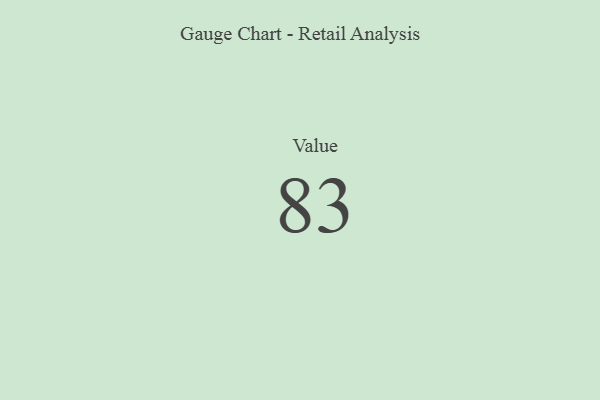
{"axis": {"x": "Metric", "y": "Value"}, "legend": [""], "data": [{"x": "Value", "y": 83, "type": ""}]}